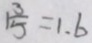
1 \frac { 3 } { 5 } = 1 . 6